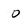
Character: 0